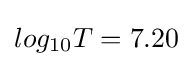
log_{10}T=7.20